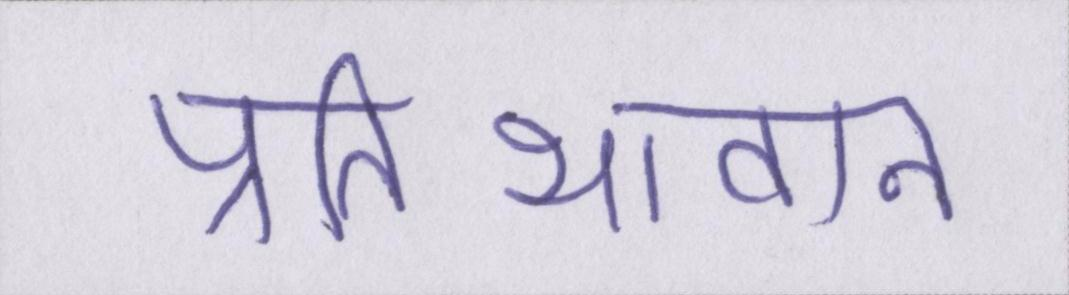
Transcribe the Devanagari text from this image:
प्रतिभावान